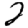
Digit: 2